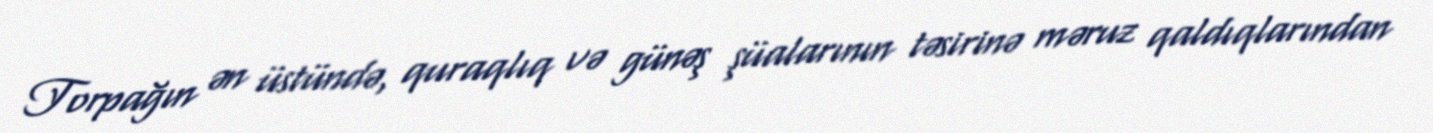
Torpağın ən üstündə, quraqlıq və günəş şüalarının təsirinə məruz qaldıqlarından